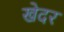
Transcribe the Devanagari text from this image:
खेदर